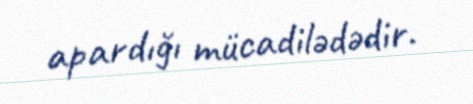
apardığı mücadilədədir.